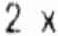
2 X